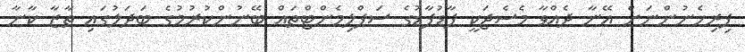
ފިރިހެނުންނަށް އޭނާ ދެއްވާ މެސެޖަކީ ފާޑުފާޑުގެ ސަޕްލިމެންޓްތައް ބޭނުންކުރުމުގެ ބަދަލުގައި ތާޒާ ކާނާ